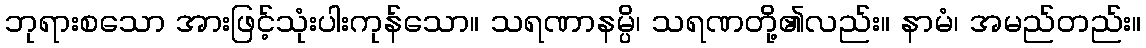
ဘုရားစသော အားဖြင့်သုံးပါးကုန်သော။ သရဏာနမ္ပိ၊ သရဏတို့၏လည်း။ နာမံ၊ အမည်တည်း။